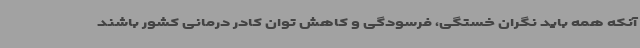
آنکه همه باید نگران خستگی، فرسودگی و کاهش توان کادر درمانی کشور باشند